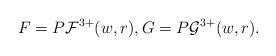
LaTeX: \begin{align*}F = P \mathcal F^{3+}(w,r), G = P \mathcal G^{3+}(w,r).\end{align*}